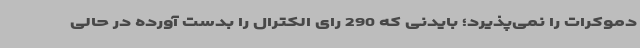
دموکرات را نمی‌پذیرد؛ بایدنی که 290 رای الکترال را بدست آورده در حالی